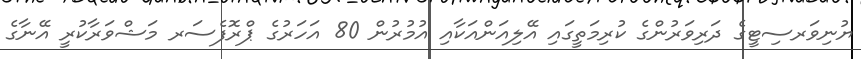
ޔުނިވަރސިޓީގެ ދަރިވަރުންގެ ކުރިމަތީގައި އޭލިއަންއަކާއި އުމުރުން 80 އަހަރުގެ ޕްރޮފެސަރ މަޝްވަރާކުރީ އޭނާގެ